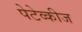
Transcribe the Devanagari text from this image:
पेटेव्कीज